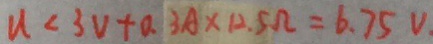
u < 3 v + 0 . 3 A \times 1 2 . 5 \Omega = 6 . 7 5 V